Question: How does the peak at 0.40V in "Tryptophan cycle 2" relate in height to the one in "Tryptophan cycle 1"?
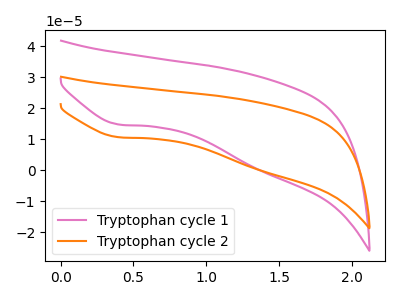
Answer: <think>The pink curve "Tryptophan cycle 1" has a cathodic peak at: (0.40V, 14.70uA). The orange curve "Tryptophan cycle 2" has a cathodic peak at: (0.40V, 10.60uA).</think>
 <answer>The peak at 0.40V is higher in "Tryptophan cycle 2" than in "Tryptophan cycle 1".</answer>
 <eval>higher</eval>